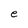
Character: e